Etiology and epidemiology of plague
Disease focus: Plague
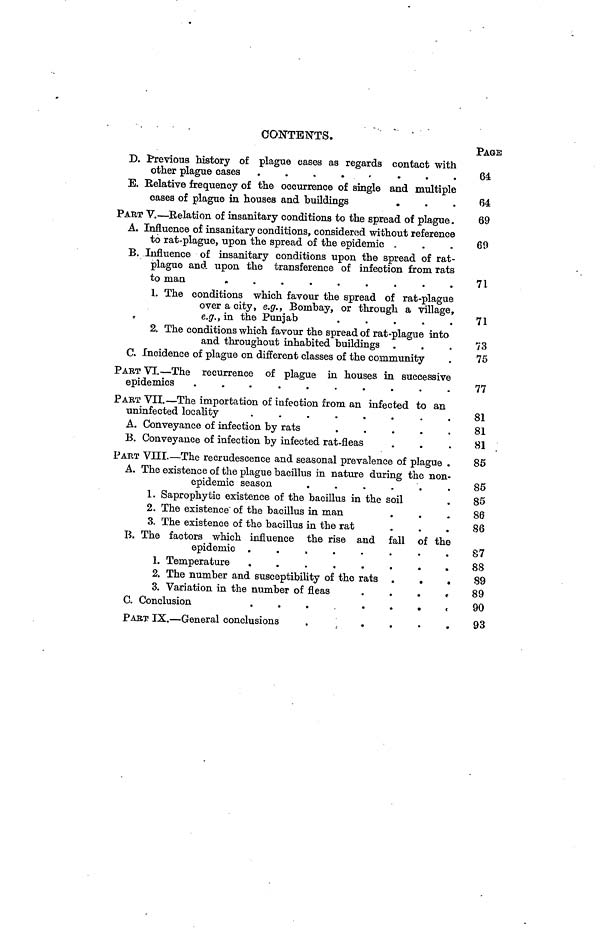
CONTENTS.
D. Previous history of plague cases as regards contact with
other plague cases . . . . .
. . .
E. Relative frequency of the occurrence of single and multiple
cases of plague in houses and buildings
.
PART V. — Relation of insanitary conditions to the spread of plague.
A. Influence of insanitary conditions, considered without reference
to rat-plague, upon the spread of the epidemic .
B. Influence of insanitary conditions upon the spread of rat-
plague and upon the transference of infection from rats
to man
.
.
.
.
.
.
.
.
.
1. The conditions which favour the spread of rat-plague
over a city, e.g., Bombay, or through a village,
e.g., in the Punjab
.
.
.
.
.
2. The conditions which favour the spread of rat-plague into
and throughout inhabited buildings .
C. Incidence of plague on different classes of the community
PART VI. — The recurrence of plague in houses in successive
epidemics
.
.
.
.
.
.
.
.
.
.
PART VII. — The importation of infection from an infected to an
uninfected locality
.
.
.
.
.
.
.
.
A. Conveyance of infection by rats
.
.
.
.
.
B. Conveyance of infection by infected rat-fleas
PART VIII. — The recrudescence and seasonal prevalence of plague .
A. The existence of the plague bacillus in nature during the non-
epidemic season
.
.
.
.
.
.
1. Saprophytic existence of the bacillus in the soil
2. The existence' of the bacillus in man
3. The existence of the bacillus in the rat
B. The factors which influence the rise and fall of the
epidemic .
.
.
.
.
.
.
.
1. Temperature
.
.
.
.
.
.
.
.
2. The number and susceptibility of the rats .
.
.
3. Variation in the number of
fleas
.
C. Conclusion
...
.
PART IX. — General conclusions
.
.
.
.
.
.
PAGE
64
64
69
69
71
71
73
75
77
81
81
81
85
85
85
86
86
87
88
89
89
90
93